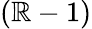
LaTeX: (\mathbb{R}-1)